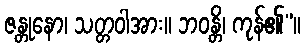
ဇန္တုနော၊ သတ္တဝါအား။ ဘဝန္တိ၊ ကုန်၏”။